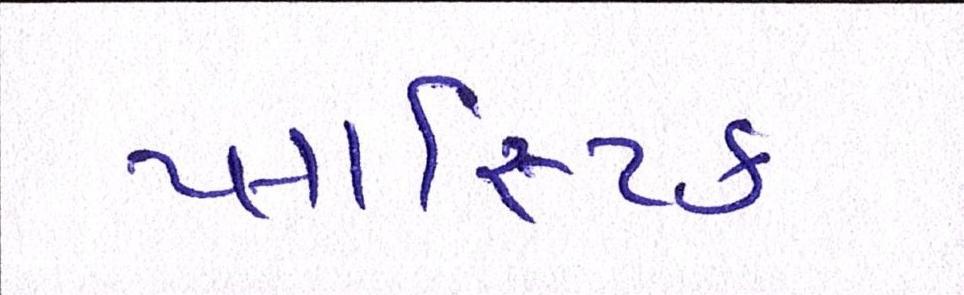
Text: પ્લાસ્ટિક